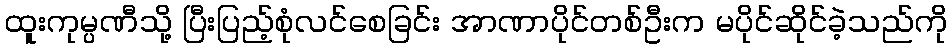
ထူးကုမ္ပဏီသို့ ပြီးပြည့်စုံလင်စေခြင်း အာဏာပိုင်တစ်ဦးက မပိုင်ဆိုင်ခဲ့သည်ကို